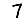
Digit: 7